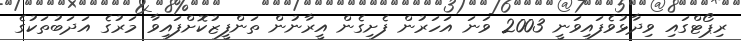
ރިޕޯޓްގައި ވިދާޅުވެފައިވަނީ 2003 ވަނަ އަހަރުން ފެށިގެން އީރާނުން ތަންފީޒުކޮށްފައިވާ މަރުގެ އަދަބުތަކުގެ